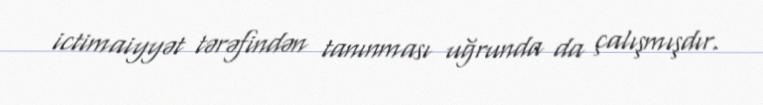
ictimaiyyət tərəfindən tanınması uğrunda da çalışmışdır.